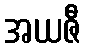
အယဇီ